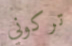
تركوني